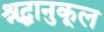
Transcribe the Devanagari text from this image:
श्रद्धानुकूल